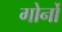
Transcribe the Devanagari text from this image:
गोर्नो